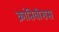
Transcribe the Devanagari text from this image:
क्रांतिवीरास